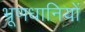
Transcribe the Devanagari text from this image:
भ्रूणधानियों